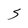
Character: S